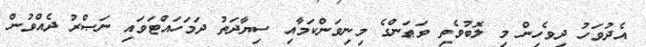
އެދުވަހު ދިވެހިން މި ލޮބުވެތި ވަޠަންގެ މިނިވަންކަމާއި ސިޔާދަތު ދަމަހައްޓަވައި ނަޞްރު ދެއްވުން